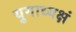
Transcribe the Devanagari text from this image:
युगाध्यक्षं